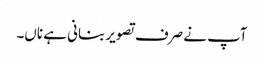
آپ نے صرف تصویر بنانی ہے ناں۔